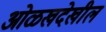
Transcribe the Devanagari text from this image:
ओळखदेखील